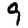
Digit: 9